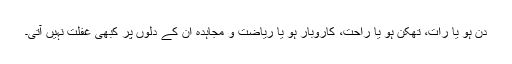
دن ہو یا رات، تھکن ہو یا راحت، کاروبار ہو یا ریاضت و مجاہدہ اُن کے دلوں پر کبھی غفلت نہیں آتی۔